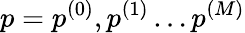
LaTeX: p={p^{(0)},p^{(1)}\dots p^{(M)}}